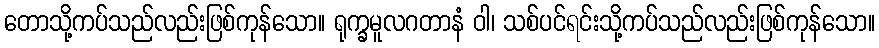
တောသို့ကပ်သည်လည်းဖြစ်ကုန်သော။ ရုက္ခမူလဂတာနံ ဝါ၊ သစ်ပင်ရင်းသို့ကပ်သည်လည်းဖြစ်ကုန်သော။